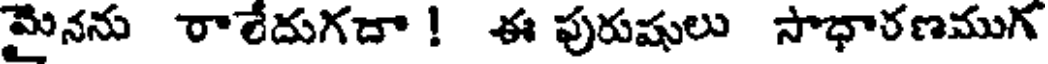
మైనను రాలేదుగడా ! ఈ పురుషులు సాధారణముగ